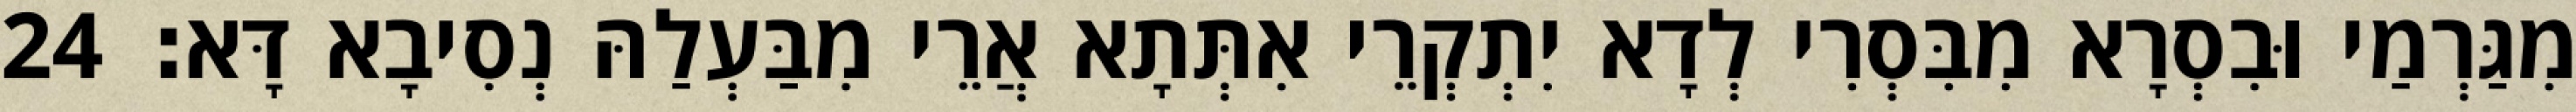
מִגַּרְמַי וּבִסְרָא מִבִּסְרִי לְדָא יִתְקְרֵי אִתְּתָא אֲרֵי מִבַּעְלַהּ נְסִיבָא דָּא׃ 24